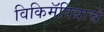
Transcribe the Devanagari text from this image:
विकिमॅपियाचे